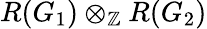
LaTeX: R(G_{1})\otimes_{\mathbb{Z}}R(G_{2})